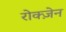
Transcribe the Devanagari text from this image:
रोक्ज़ेन